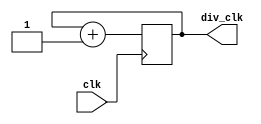
module clockdiv
#( parameter DIV=2 )
(
   input clk,
   output div_clk
);

localparam LOG2DIV = $clog2(DIV);

reg [ LOG2DIV - 1 : 0 ] count;
initial
  count = 0;
always @(posedge clk)
  count <= count + 'b01;

assign div_clk = count[LOG2DIV-1];

endmodule